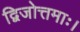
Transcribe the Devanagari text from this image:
द्विजोत्तमाः।